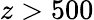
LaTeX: z>500